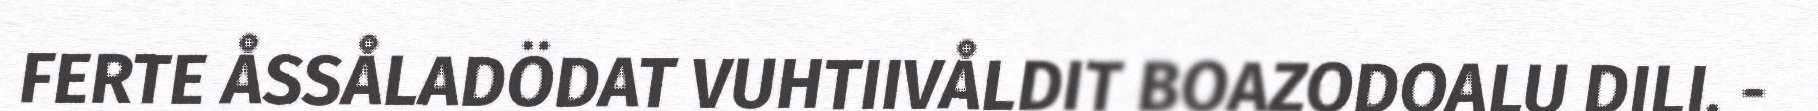
FERTE ÅSSÅLADÖDAT VUHTIIVÅLDIT BOAZODOALU DILI. -